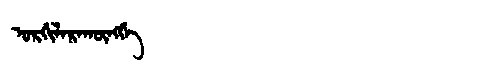
Manchu: ᠣᡵᡤᡳᠯᠠᡵᠠᡴᡡᠩᡤᡝ
Romanization: ORGILARAKŪNGGE